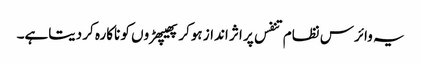
یہ وائرس نظام تنفس پر اثر انداز ہوکر پھیپھڑوں کو ناکارہ کر دیتاہے۔